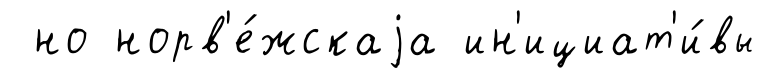
но норв'е́жскаjа ин'ициат'и́вы